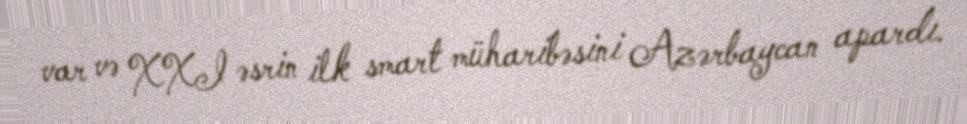
var və XXI əsrin ilk smart müharibəsini Azərbaycan apardı.